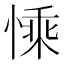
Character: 𢟊